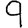
Digit: 9